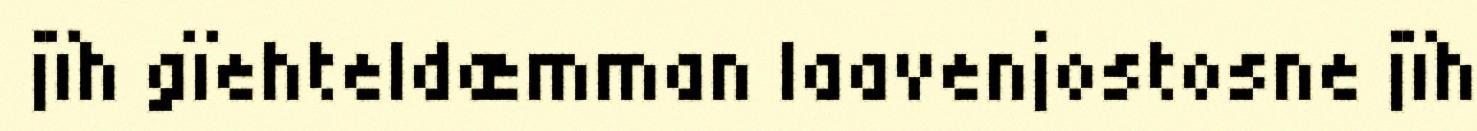
jïh gïehteldæmman laavenjostosne jïh